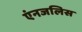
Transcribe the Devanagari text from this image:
एंनजलिस